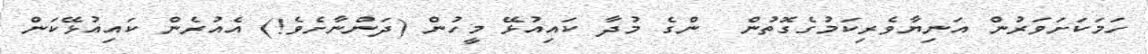
ހަމަކަށަވަރުން އަނިޔާވެރިކަމުގެގޮތުން  ންގެ މުދާ ކައިއުޅޭ މީހުން (ދަންނާށެވެ!) އެއުރެން ކައިއުޅޭކަން